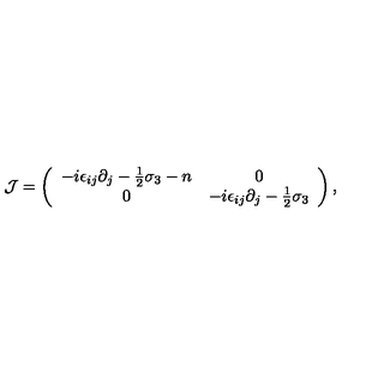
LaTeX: { \cal J } = \left( \begin{array} { c c } { - i \epsilon _ { i j } \partial _ { j } - { \frac { 1 } { 2 } } \sigma _ { 3 } - n } & { 0 } \\ { 0 } & { - i \epsilon _ { i j } \partial _ { j } - { \frac { 1 } { 2 } } \sigma _ { 3 } } \\ \end{array} \right) ,